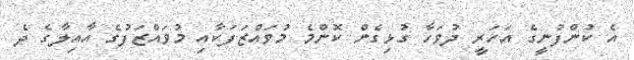
އެ ކުންފުނީގެ އަހަރީ ދުވަހާ ގުޅިގެން ކޮންމެ މުވައްޒަފަކާއި މުވައްޒަފުގެ އާއިލާގެ ދެ